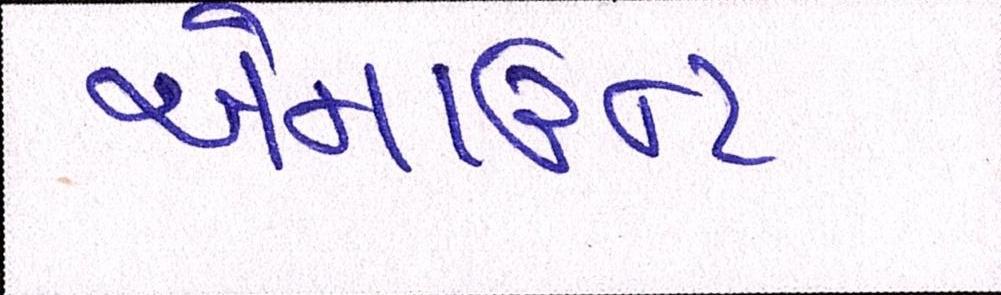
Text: એમાઉન્ટ